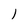
Character: 1